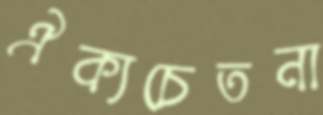
ঐক্যচেতনা